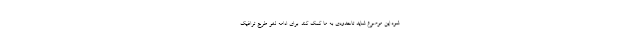
شود.این موصوع شاید تاحدودی به ما کمک کند. برای ادامه لغو طرح ترافیک